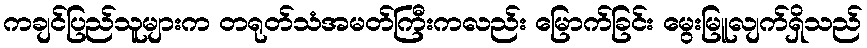
ကချင်ပြည်သူများက တရုတ်သံအမတ်ကြီးကလည်း မြောက်ခြင်း မွေးမြူလျက်ရှိသည်